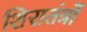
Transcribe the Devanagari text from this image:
शिरातंत्रों